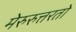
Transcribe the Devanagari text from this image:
मेरुरुत्तरतो